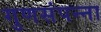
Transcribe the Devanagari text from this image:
गुणसंपन्ना